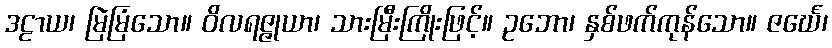
ဒဠာယ၊ မြဲမြံသော။ ဝိလရဇ္ဇုယာ၊ သားမြီးကြိုးဖြင့်။ ဥဘော၊ နှစ်ဖက်ကုန်သော။ ဇင်္ဃေ၊